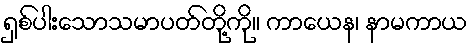
ရှစ်ပါးသောသမာပတ်တို့ကို။ ကာယေန၊ နာမကာယ